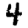
Digit: 4